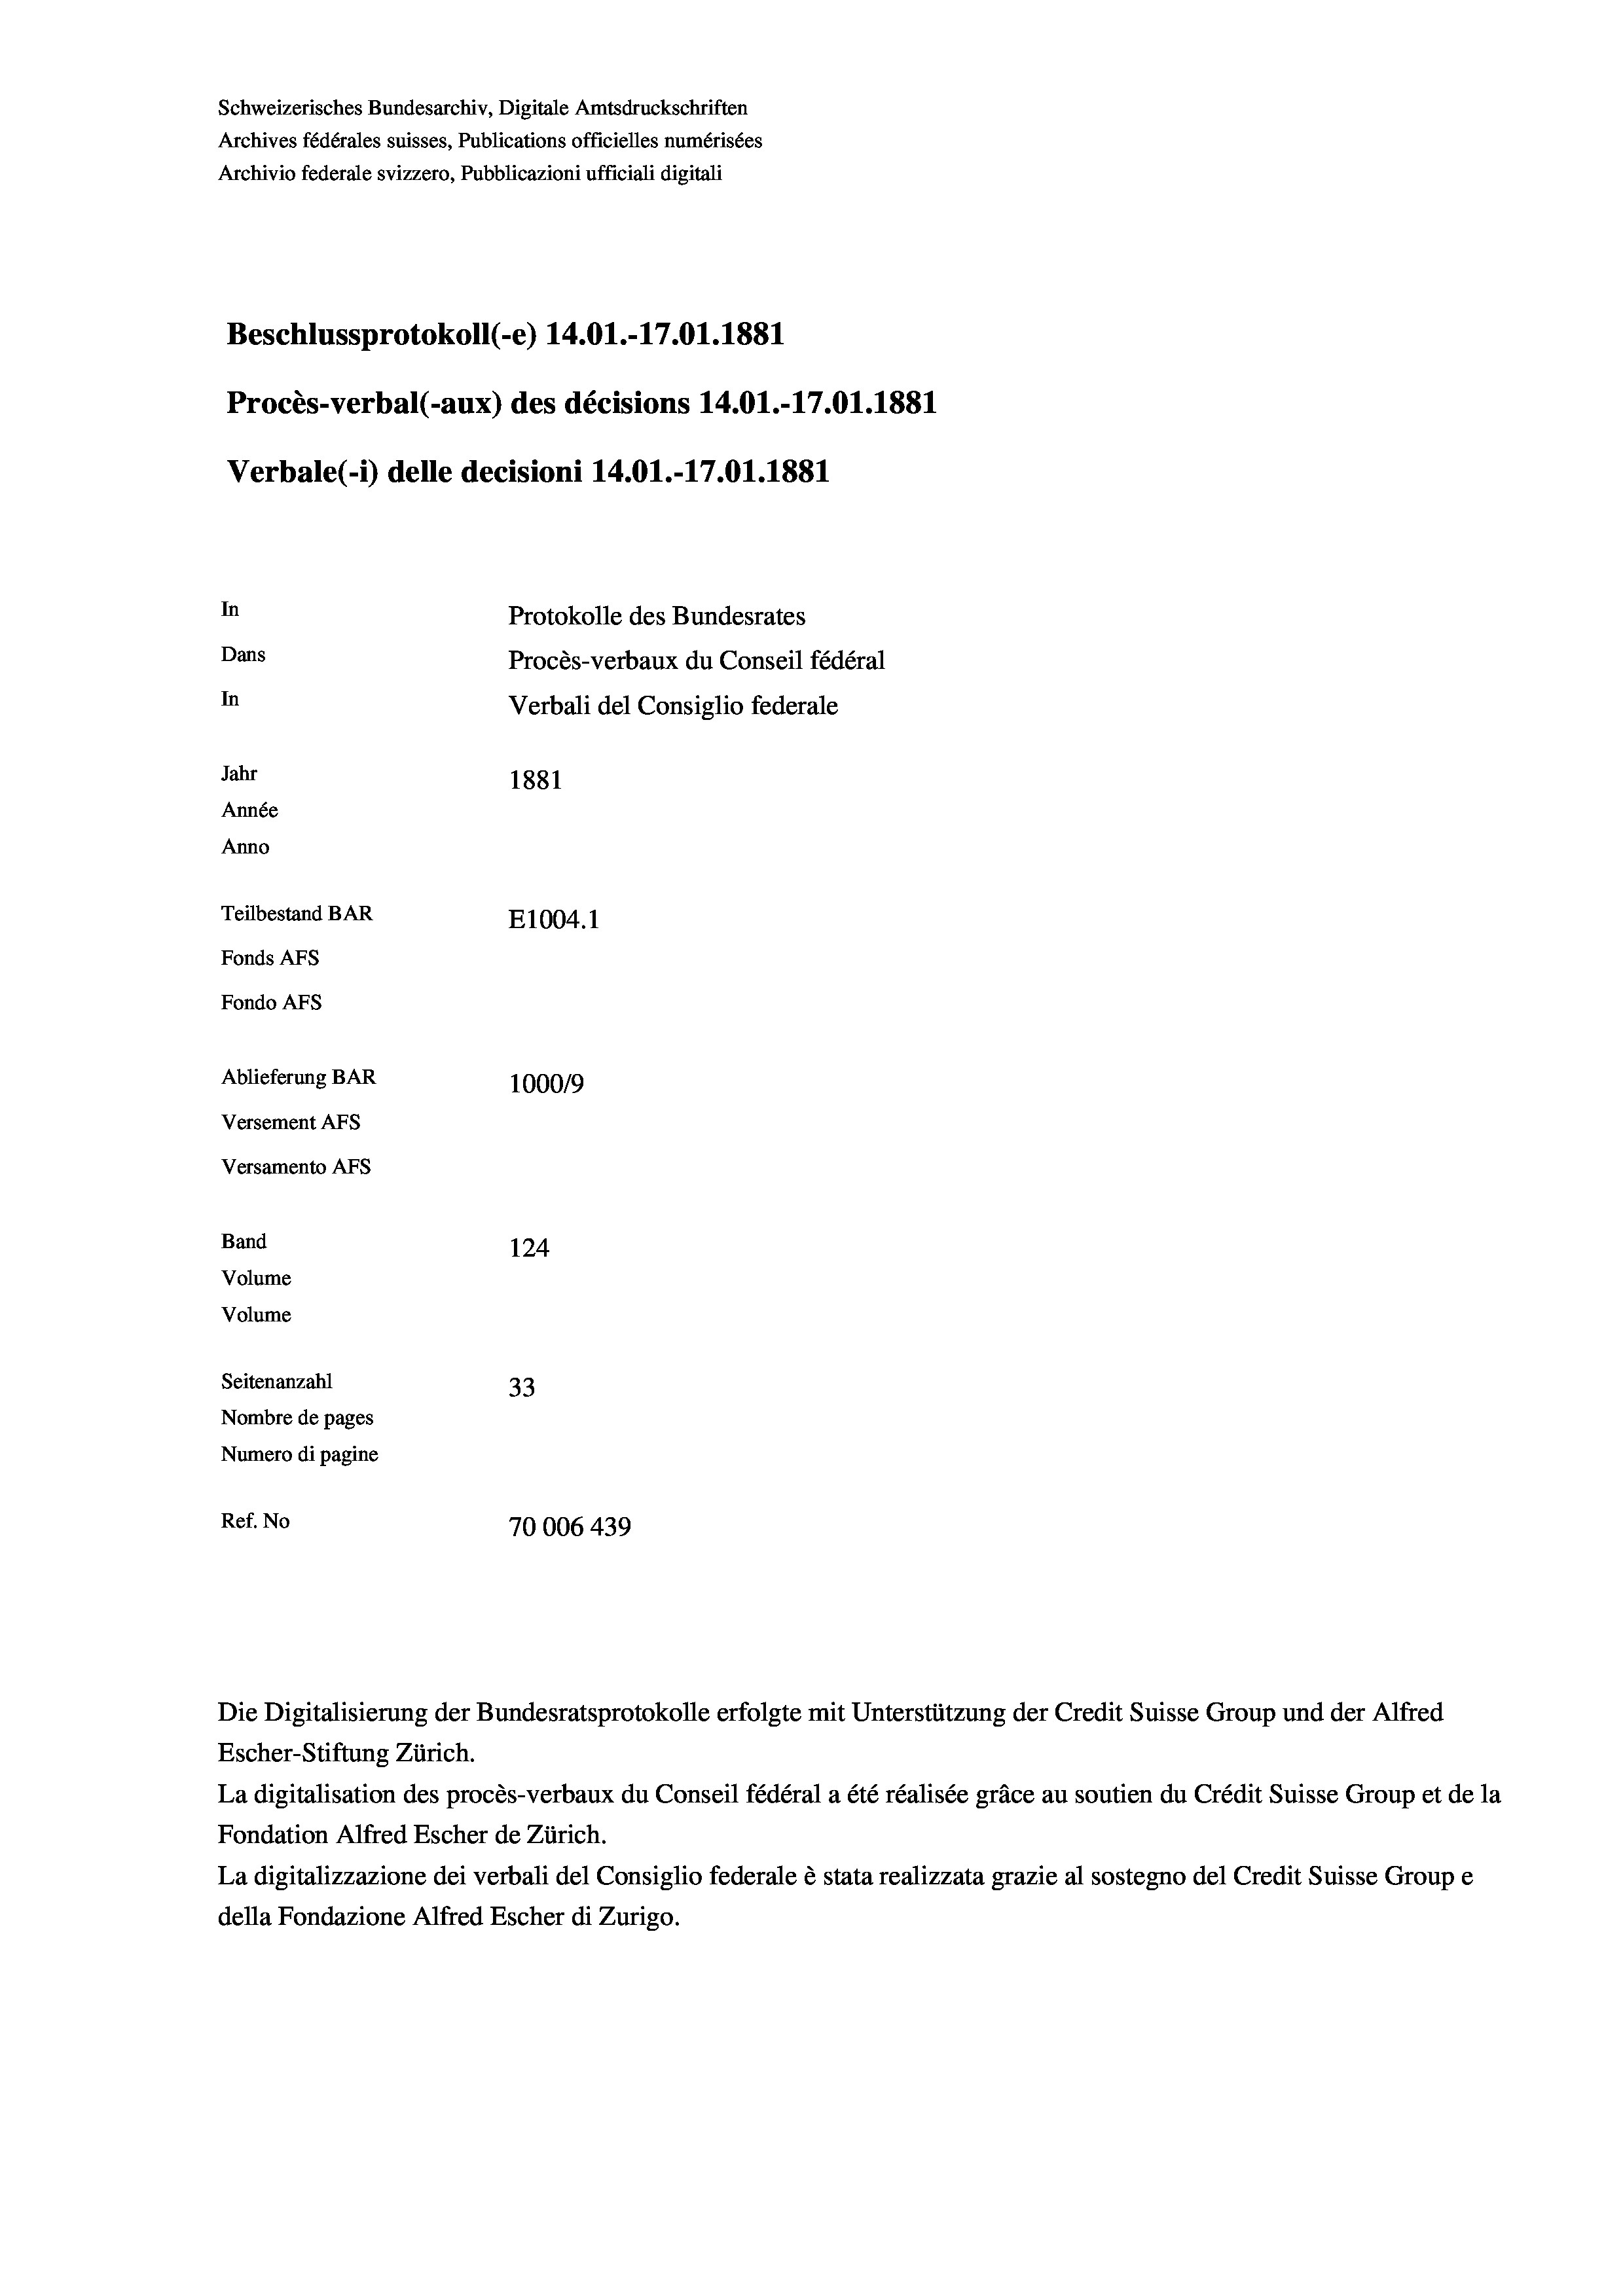
Schweizerisches Bundesarchiv, Digitale Amtsdruckschriften
Archives fédérales suisses, Publications officielles numérisées
Archivio federale svizzero, Pubblicazioni ufficiali digitali
Beschlussprotokoll (-e) 14.01.-17.01. 1881
Procès-verbal (-aux) des décisions 14.01.-17.01. 1881
Verbale (- 1) delle decisioni 14.01.-17.01.1881
In
Protokolle des Bundesrates
Dans
Procès-verbaux du Conseil fédéral
In
Verbali del Consiglio federale
Jahr
1881
Année
Anno
Teilbestand BAR
E1004. 1
Fonds AFs
Fondo Afs
Ablieferung BAR
100019
Versement AFs
Versamento Afs
Band
124
Volume
Volume
Seitenanzahl
33
Nombre de pages
Numero di pagine
Ref. No
70006 439

Escher-Stiftung Zürich.
La digitalisation des procès-verbaux du Conseil fédéral a été réalisée gräce au soutien du Crédit Suisse Group et de la
Fondation Alfred Escher de Zürich.
La digitalizzazione dei verbali del Consiglio federale è stata realizzata grazie al sostegno del Credit Suisse Groupe
della Fondazione Alfred Escher di Zurigo.

Die Digitalisierung der Bundesratsprotokolle erfolgte mit Unterstützung der Credit Suisse Group und der Alfred